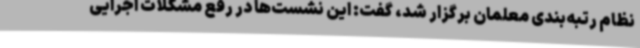
نظام رتبه‌بندی معلمان برگزار شد، گفت: این نشست‌ها در رفع مشکلات اجرایی